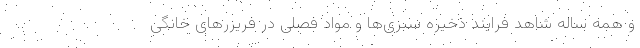
و همه ساله شاهد فرایند ذخیره سبزی‌ها و مواد فصلی در فریزرهای خانگی